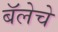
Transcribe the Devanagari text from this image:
बॅलेचे